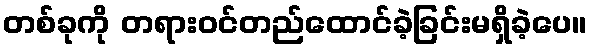
တစ်ခုကို တရားဝင်တည်ထောင်ခဲ့ခြင်းမရှိခဲ့ပေ။